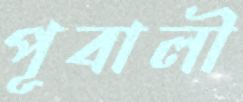
পূবালী